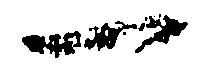
一